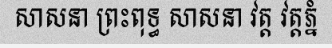
សាសនា ព្រះពុទ្ធ សាសនា វត្ត វត្តភ្នំ